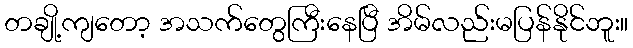
တချို့ကျတော့ အသက်တွေကြီးနေပြီ အိမ်လည်းမပြန်နိုင်ဘူး။